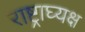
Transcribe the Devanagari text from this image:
राष्ट्राघ्यक्ष